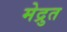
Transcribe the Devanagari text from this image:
मेद्रुत